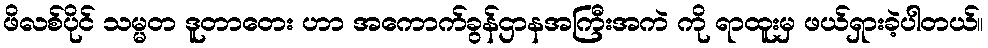
ဖိလစ်ပိုင် သမ္မတ ဒူတာတေး ဟာ အကောက်ခွန်ဌာနအကြီးအကဲ ကို ရာထူးမှ ဖယ်ရှားခဲ့ပါတယ်။